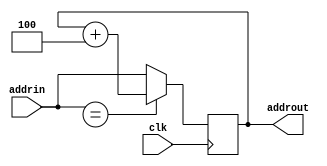
`timescale 1ns / 1ps


module ProgramCounter(
    input clk,
    input [31:0]addrin,
    output [31:0]addrout
    );
    reg [31:0]temp;
    initial temp=0;//PCXCPU0
    always@(posedge clk)begin
        if(addrin==32'bx)
            temp<=temp+4;
        else
            temp[31:0]<=addrin[31:0];
    end
    assign addrout[31:0]=temp[31:0];
endmodule